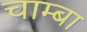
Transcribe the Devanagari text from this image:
चाम्बा